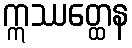
ဣဿတ္ထေန